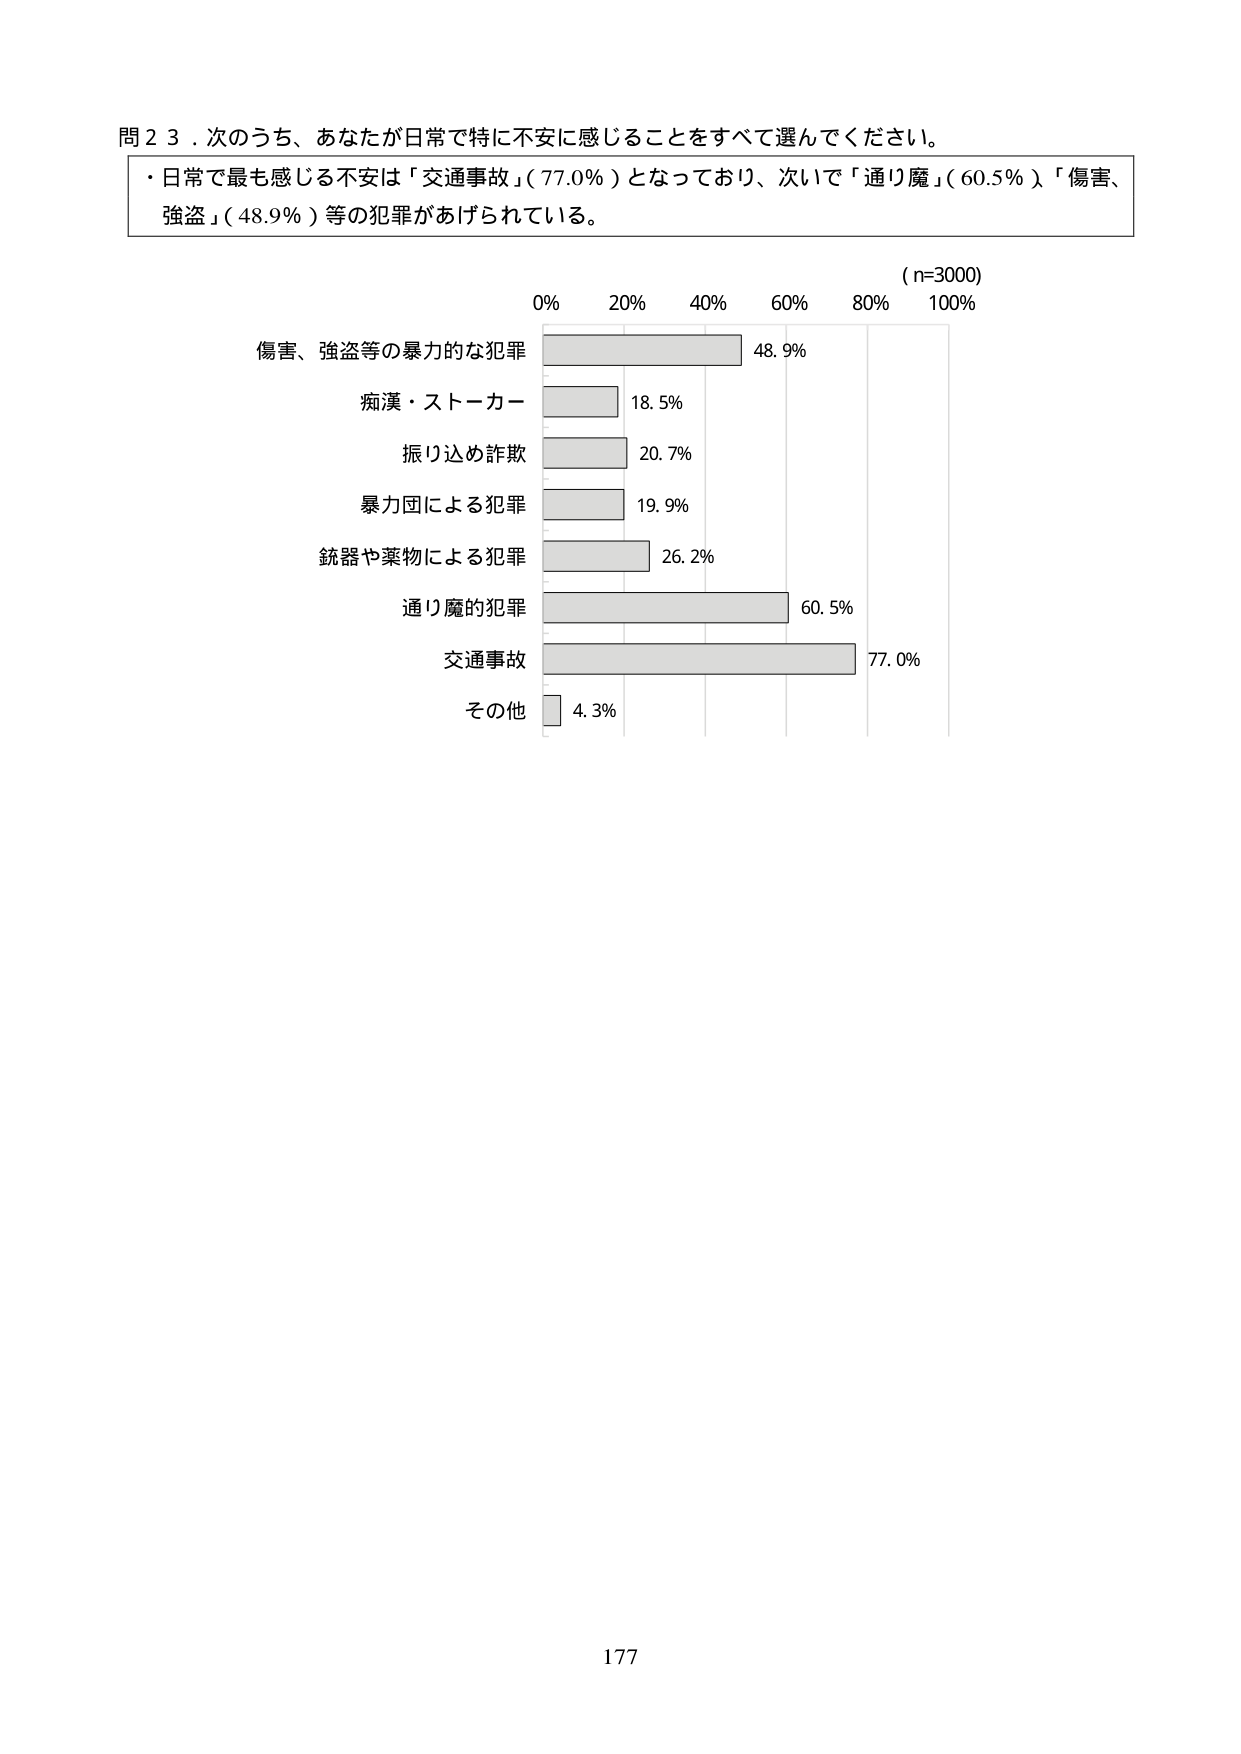
問２３．次のうち、あなたが日常で特に不安に感じることをすべて選んでください。

・日常で最も感じる不安は「交通事故」（77.0％）となっており、次いで「通り魔」（60.5％）「傷害、強盗」（48.9％）等の犯罪があげられている。

（n=3000）
0%　　20%　　40%　　60%　　80%　　100%

傷害、強盗等の暴力的な犯罪　　　　　　　48.9%
痴漢・ストーカー　　　　　　　　　　　　18.5%
振り込め詐欺　　　　　　　　　　　　　　20.7%
暴力団による犯罪　　　　　　　　　　　　19.9%
銃器や薬物による犯罪　　　　　　　　　　26.2%
通り魔の犯罪　　　　　　　　　　　　　　60.5%
交通事故　　　　　　　　　　　　　　　　77.0%
その他　　　　　　　　　　　　　　　　　4.3%

177